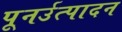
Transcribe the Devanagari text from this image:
पूनर्उत्पादन